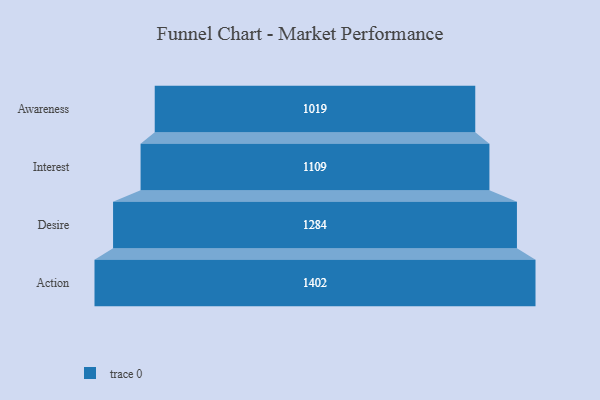
{"axis": {"x": "Stage", "y": "Value"}, "legend": [""], "data": [{"x": "Awareness", "y": 1019.0, "type": ""}, {"x": "Interest", "y": 1109.0, "type": ""}, {"x": "Desire", "y": 1284.0, "type": ""}, {"x": "Action", "y": 1402.0, "type": ""}]}